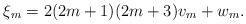
LaTeX: \begin{align*}\xi_m=2(2m+1)(2m+3)v_m+w_m.\end{align*}